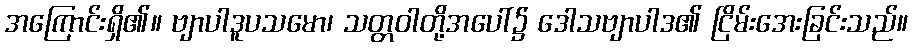
အကြောင်းရှိ၏။ ဗျာပါဒူပသမော၊ သတ္တဝါတို့အပေါ်၌ ဒေါသဗျာပါဒ၏ ငြိမ်းအေးခြင်းသည်။